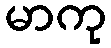
မာကု